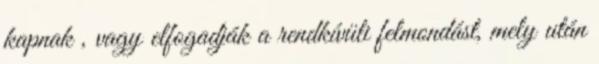
kapnak , vagy elfogadják a rendkívüli felmondást, mely után